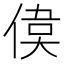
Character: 𠋋